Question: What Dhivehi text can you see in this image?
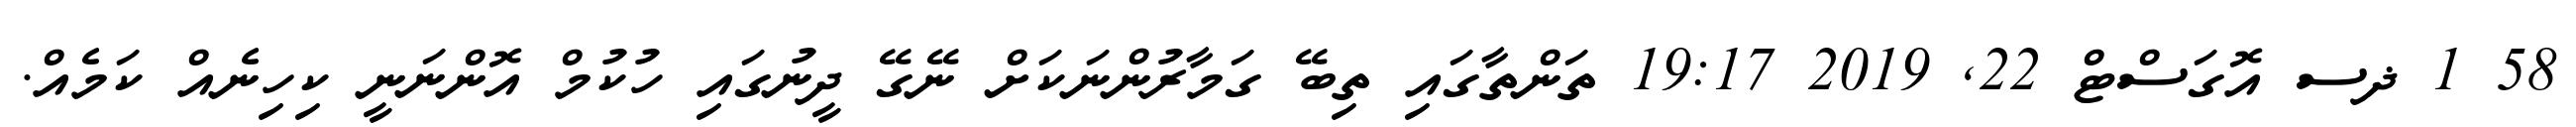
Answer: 58 1 ޛސ އޮގަސްޓް 22, 2019 19:17 ތަންތާގައި ތިބޭ ގަމާރުންނަކަށް ނޭގޭ ދީނުގައި ހުކުމް އޮންނަނީ ކިހިނެއް ކަމެއް.